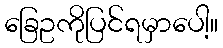
ခြေဥကိုပြင်ရမှာပေါ့။